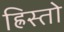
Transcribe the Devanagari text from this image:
ह्रिस्तो